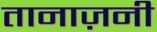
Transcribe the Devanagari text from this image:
तानाज़नी